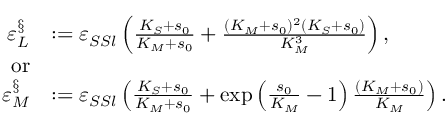
\begin{array} { r l } { \varepsilon _ { L } ^ { \S } } & { : = \varepsilon _ { S S l } \left( \frac { K _ { S } + s _ { 0 } } { K _ { M } + s _ { 0 } } + \frac { ( K _ { M } + s _ { 0 } ) ^ { 2 } ( K _ { S } + s _ { 0 } ) } { K _ { M } ^ { 3 } } \right) , } \\ { \mathrm { o r } } \\ { \varepsilon _ { M } ^ { \S } } & { : = \varepsilon _ { S S l } \left( \frac { K _ { S } + s _ { 0 } } { K _ { M } + s _ { 0 } } + \exp \left( \frac { s _ { 0 } } { K _ { M } } - 1 \right) \frac { ( K _ { M } + s _ { 0 } ) } { K _ { M } } \right) . } \end{array}